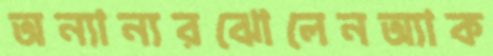
অন্যান্যরঝোলেনঅ্যাক